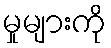
မှုများကို